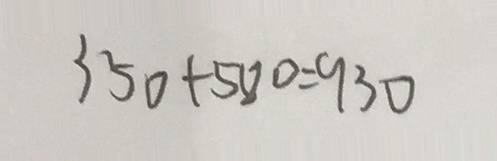
3 5 0 + 5 8 0 = 9 3 0